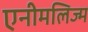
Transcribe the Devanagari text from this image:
एनीमलिज्म